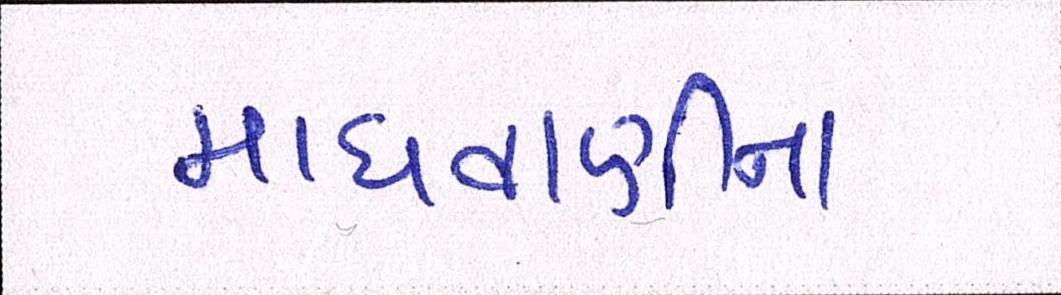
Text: માધવાણીના